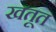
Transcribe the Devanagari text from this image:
खतूत